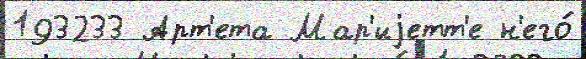
193233 Арт'ета Мар'иjетт'е н'его́